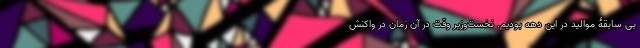
بی سابقۀ موالید در این دهه بودیم. نخست‌وزیر وقت در آن زمان در واکنش